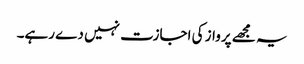
یہ مجھے پرواز کی اجازت نہیں دے رہے۔